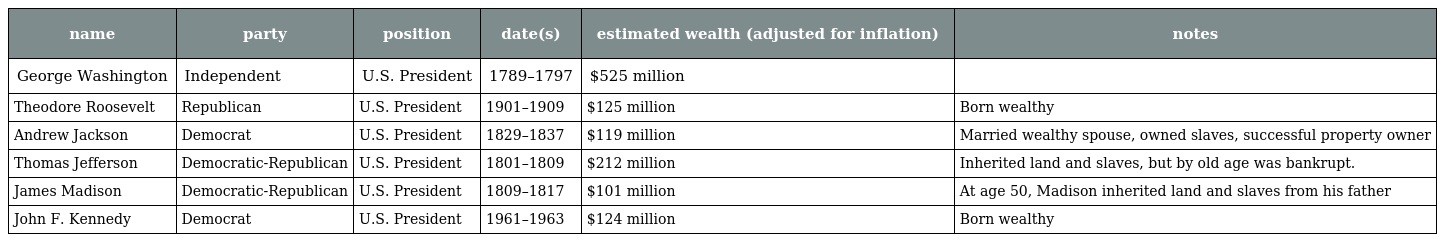
| name | party | position | date(s) | estimated wealth (adjusted for inflation) | notes |
 | --- | --- | --- | --- | --- | --- |
 | George Washington | Independent | U.S. President | 1789–1797 | $525 million |  |
 | Theodore Roosevelt | Republican | U.S. President | 1901–1909 | $125 million | Born wealthy |
 | Andrew Jackson | Democrat | U.S. President | 1829–1837 | $119 million | Married wealthy spouse, owned slaves, successful property owner |
 | Thomas Jefferson | Democratic-Republican | U.S. President | 1801–1809 | $212 million | Inherited land and slaves, but by old age was bankrupt. |
 | James Madison | Democratic-Republican | U.S. President | 1809–1817 | $101 million | At age 50, Madison inherited land and slaves from his father |
 | John F. Kennedy | Democrat | U.S. President | 1961–1963 | $124 million | Born wealthy |